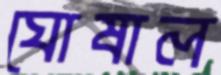
ঘোষাল